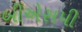
બીએસપી